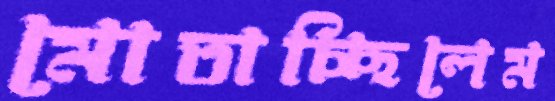
মোতাচ্ছিলেম